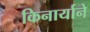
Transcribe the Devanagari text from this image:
किनार्याने